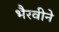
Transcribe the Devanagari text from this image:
भैरवीने